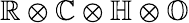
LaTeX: \mathbb{R}\otimes\mathbb{C}\otimes\mathbb{H}\otimes\mathbb{O}